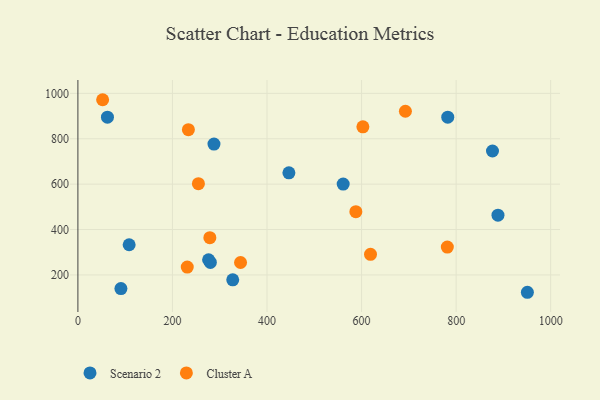
{"axis": {"x": "Price", "y": "Rating"}, "legend": ["Cluster A", "Scenario 2"], "data": [{"x": "280.2", "y": 255.1, "type": "Scenario 2"}, {"x": "276.4", "y": 266.9, "type": "Scenario 2"}, {"x": "327.5", "y": 178.3, "type": "Scenario 2"}, {"x": "91.0", "y": 139.9, "type": "Scenario 2"}, {"x": "108.4", "y": 333.0, "type": "Scenario 2"}, {"x": "287.8", "y": 776.4, "type": "Scenario 2"}, {"x": "446.3", "y": 650.0, "type": "Scenario 2"}, {"x": "782.3", "y": 894.9, "type": "Scenario 2"}, {"x": "876.9", "y": 746.0, "type": "Scenario 2"}, {"x": "62.5", "y": 894.9, "type": "Scenario 2"}, {"x": "950.7", "y": 123.6, "type": "Scenario 2"}, {"x": "561.1", "y": 600.4, "type": "Scenario 2"}, {"x": "888.5", "y": 463.5, "type": "Scenario 2"}, {"x": "781.4", "y": 322.7, "type": "Cluster A"}, {"x": "602.8", "y": 852.6, "type": "Cluster A"}, {"x": "587.9", "y": 478.6, "type": "Cluster A"}, {"x": "254.9", "y": 602.3, "type": "Cluster A"}, {"x": "52.3", "y": 972.0, "type": "Cluster A"}, {"x": "279.1", "y": 364.1, "type": "Cluster A"}, {"x": "618.9", "y": 291.0, "type": "Cluster A"}, {"x": "344.0", "y": 254.8, "type": "Cluster A"}, {"x": "692.7", "y": 921.2, "type": "Cluster A"}, {"x": "233.7", "y": 840.0, "type": "Cluster A"}, {"x": "231.3", "y": 234.7, "type": "Cluster A"}]}